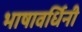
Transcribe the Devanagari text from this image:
भाषावर्धिनी